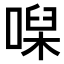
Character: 𠹠